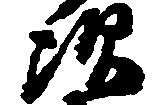
次